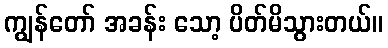
ကျွန်တော် အခန်း သော့ ပိတ်မိသွားတယ်။